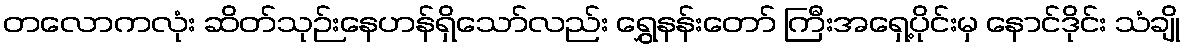
တလောကလုံး ဆိတ်သုဉ်းနေဟန်ရှိသော်လည်း ရွှေနန်းတော် ကြီးအရှေ့ပိုင်းမှ နောင်ဒိုင်း သံချို